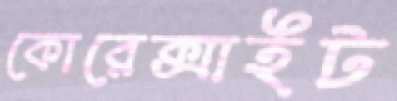
কোরেক্সাইট